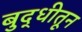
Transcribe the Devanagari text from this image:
बुद्धीतून